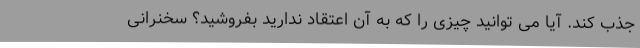
جذب کند. آیا می توانید چیزی را که به آن اعتقاد ندارید بفروشید؟ سخنرانی